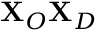
\mathbf { X } _ { O } \mathbf { X } _ { D }